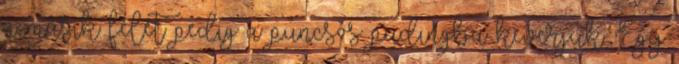
a másik felét pedig a puncsos pudingba keverjük. Egy